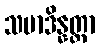
သမာဒိန္နတ္တာ